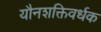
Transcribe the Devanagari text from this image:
यौनशक्तिवर्धक